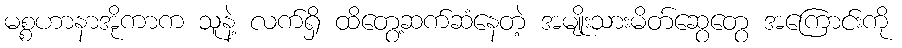
မစ္စဟာနာအိုကာက သူနဲ့ လက်ရှိ ထိတွေ့ဆက်ဆံနေတဲ့ အမျိုးသားမိတ်ဆွေတွေ အကြောင်းကို